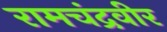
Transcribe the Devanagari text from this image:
रामचंद्रवीर